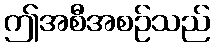
ဤအစီအစဉ်သည်